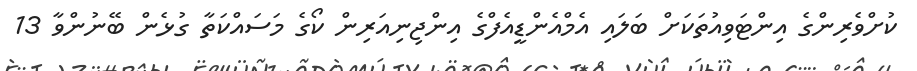
ކުށްވެރިންގެ އިންޓަވިއުތަކަށް ބަލައި އެމްއެންޑީއެފްގެ އިންޖިނިއަރިން ކޯގެ މަސައްކަތާ ގުޅެން ބޭނުންވާ 13